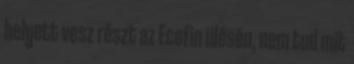
helyett vesz részt az Ecofin ülésén, nem tud mit